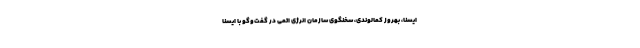
ایسنا، بهروز کمالوندی، سخنگوی سازمان انرژی اتمی در گفت‌وگو با ایسنا